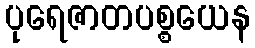
ပုရေဇာတပစ္စယေန